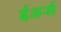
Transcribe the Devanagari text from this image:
ईअर्स